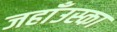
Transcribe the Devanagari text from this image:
जहाँउस्का